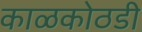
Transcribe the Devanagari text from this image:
काळकोठडी